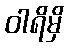
ဝါရိမှိ